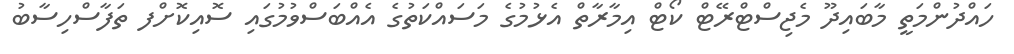
ހައްދުންމަތީ މާބައިދޫ މެޖިސްޓްރޭޓް ކޯޓް އިމާރާތް އެޅުމުގެ މަސައްކަތުގެ އެއްބަސްވުމުގައި ސޮއިކޮށްފ ތަފާސްހިސާބު